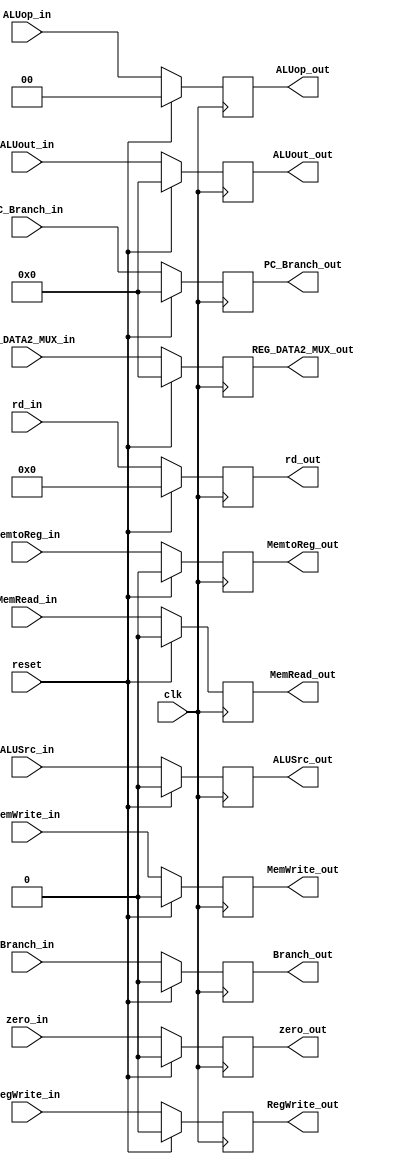
`timescale 1ns / 1ps

module EX_MEM_REGISTER(input clk,reset,
                       input zero_in,RegWrite_in,MemtoReg_in,MemRead_in,MemWrite_in,Branch_in,ALUSrc_in,
                       input [1:0] ALUop_in, 
                       input [4:0] rd_in,
                       input [31:0] PC_Branch_in,
                       input [31:0] ALUout_in,
                       input [31:0] REG_DATA2_MUX_in,
                       output reg zero_out,RegWrite_out,MemtoReg_out,MemRead_out,MemWrite_out,Branch_out,ALUSrc_out,
                       output reg [1:0] ALUop_out, 
                       output reg [4:0] rd_out,
                       output reg [31:0] PC_Branch_out,
                       output reg [31:0] ALUout_out,
                       output reg [31:0] REG_DATA2_MUX_out);

always@(posedge clk) begin
    if (reset) begin 
        zero_out <= 1'b0;
        RegWrite_out <= 1'b0;
        MemtoReg_out <= 1'b0;
        MemRead_out <= 1'b0;
        MemWrite_out <= 1'b0;
        Branch_out <= 1'b0;
        ALUSrc_out <= 1'b0;
        ALUop_out <= 2'b0;
        rd_out <= 4'b0;
        PC_Branch_out <= 32'b0;
        ALUout_out <= 32'b0;
        REG_DATA2_MUX_out <= 32'b0;
    end
    else begin
        zero_out <= zero_in;
        RegWrite_out <= RegWrite_in;
        MemtoReg_out <= MemtoReg_in;
        MemRead_out <= MemRead_in;
        MemWrite_out <= MemWrite_in;
        Branch_out <= Branch_in;
        ALUSrc_out <= ALUSrc_in;
        ALUop_out <= ALUop_in;
        rd_out <= rd_in;
        PC_Branch_out <= PC_Branch_in;
        ALUout_out <= ALUout_in;
        REG_DATA2_MUX_out <= REG_DATA2_MUX_in;
    end
end
endmodule